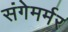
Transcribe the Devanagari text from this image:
संगेमर्मर